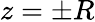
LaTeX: z=\pm R